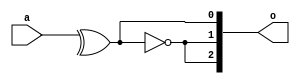
module abc9_test006(input [1:0] a, output [2:0] o);
assign o[0] = ^a;
assign o[1] = ~o[0];
assign o[2] = o[1];
endmodule